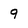
Character: 9